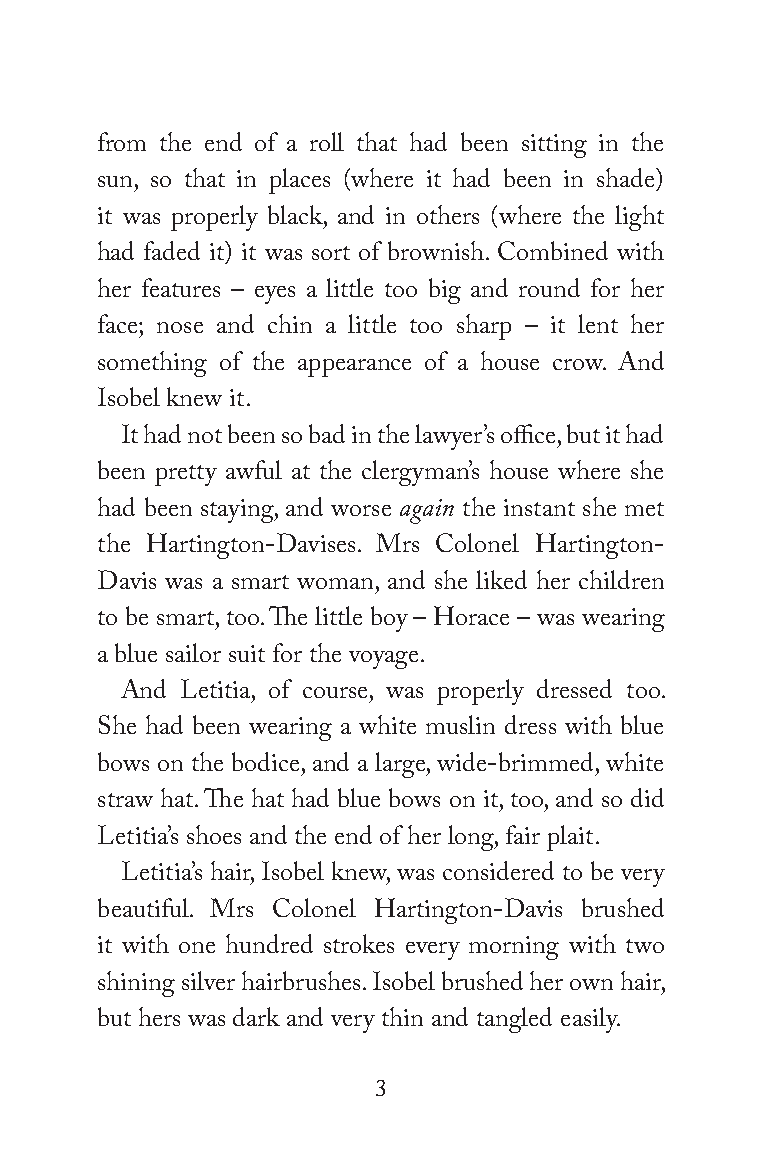
from the end of a roll that had been sitting in the
 sun, so that in places (where it had been in shade)
 it was properly black, and in others (where the light
 had faded it) it was sort of brownish. Combined with
 her features – eyes a little too big and round for her
 face; nose and chin a little too sharp – it lent her
 something of the appearance of a house crow. And
 Isobel knew it.
 It had not been so bad in the lawyer’s office, but it had
 been pretty awful at the clergyman’s house where she
 had been staying, and worse again the instant she met
 the Hartington-Davises. Mrs Colonel Hartington-
 Davis was a smart woman, and she liked her children
 to be smart, too. The little boy – Horace – was wearing
 a blue sailor suit for the voyage.
 And Letitia, of course, was properly dressed too.
 She had been wearing a white muslin dress with blue
 bows on the bodice, and a large, wide-brimmed, white
 straw hat. The hat had blue bows on it, too, and so did
 Letitia’s shoes and the end of her long, fair plait.
 Letitia’s hair, Isobel knew, was considered to be very
 beautiful. Mrs Colonel Hartington-Davis brushed
 it with one hundred strokes every morning with two
 shining silver hairbrushes. Isobel brushed her own hair,
 but hers was dark and very thin and tangled easily.
 3